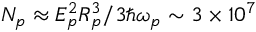
N _ { p } \approx E _ { p } ^ { 2 } R _ { p } ^ { 3 } / 3 \hbar \omega _ { p } \sim 3 \times 1 0 ^ { 7 }